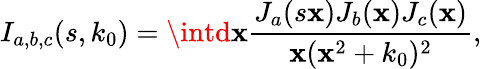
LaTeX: I_{a,b,c}(s,k_{0})=\intd\mathbf{x}\frac{{J_{a}(s\mathbf{x})J_{b}(\mathbf{x})J_{c}(\mathbf{x})}}{{\mathbf{x}(\mathbf{x}^{2}+k_{0})^{2}}},